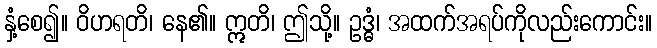
နှံ့စေ၍။ ဝိဟရတိ၊ နေ၏။ ဣတိ၊ ဤသို့။ ဥဒ္ဓံ၊ အထက်အရပ်ကိုလည်းကောင်း။